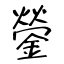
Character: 鎣